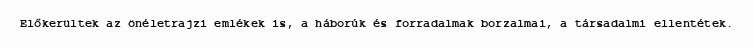
Előkerültek az önéletrajzi emlékek is, a háborúk és forradalmak borzalmai, a társadalmi ellentétek.